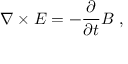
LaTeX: { \boldsymbol { \nabla \times E } } = - { \frac { \partial } { \partial t } } { \boldsymbol { B } } \ ,